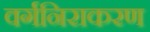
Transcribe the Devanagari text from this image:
वर्गनिराकरण